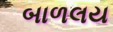
બાળલય